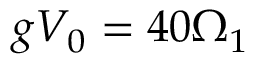
g V _ { 0 } = 4 0 \Omega _ { 1 }